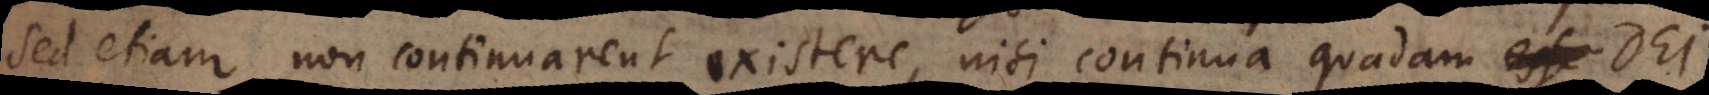
sed etiam non continuarent existere, nisi continua quaedam esse Dei